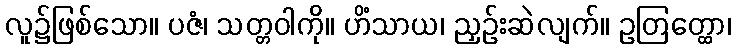
လူ၌ဖြစ်သော။ ပဇံ၊ သတ္တဝါကို။ ဟိံသာယ၊ ညှဉ်းဆဲလျက်။ ဥတြတ္ထော၊